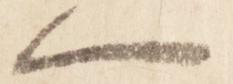
一